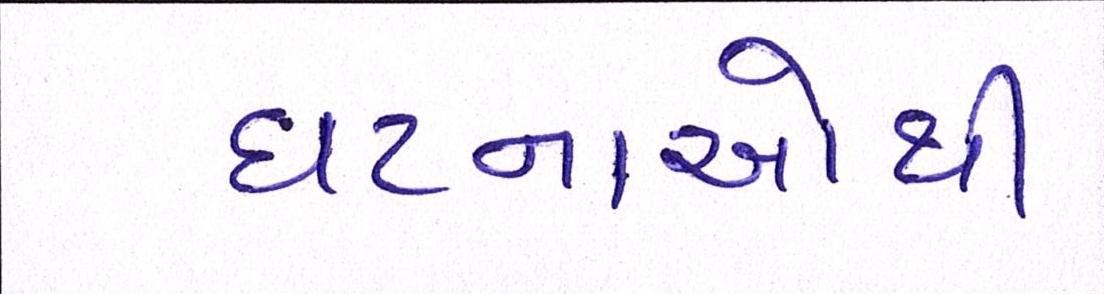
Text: ઘટનાઓથી